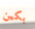
بكين